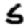
Digit: 5